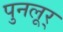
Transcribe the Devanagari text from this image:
पुनलूर्